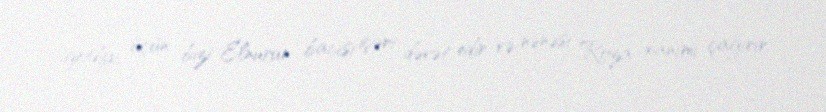
getdiyi üçün bizi Elnurun bacısı içəri dəvət edir və nənəsi Roza xanımı çağırır.